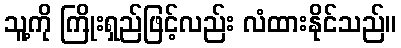
သူ့ကို ကြိုးရှည်ဖြင့်လည်း လံထားနိုင်သည်။